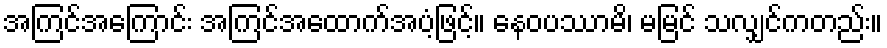
အကြင်အကြောင်း အကြင်အထောက်အပံ့ဖြင့်။ နေဝပဿာမိ၊ မမြင် သလျှင်ကတည်း။